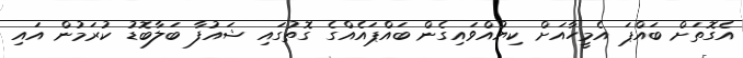
އެގޮތަށް ބައްޕަ އެމީހާއަށް ކިޔުއްވައިގެން ބައްޕައެއްގެ ގޮތުގައި ޝައުފާ ބަލާބޮޑު ކުރަމުން އައި